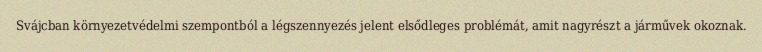
Svájcban környezetvédelmi szempontból a légszennyezés jelent elsődleges problémát, amit nagyrészt a járművek okoznak.